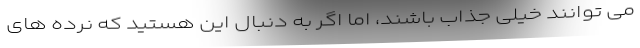
می توانند خیلی جذاب باشند، اما اگر به دنبال این هستید که نرده های